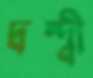
দ্বন্দ্বী